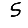
Digit: 5